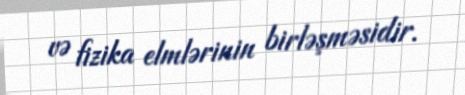
və fizika elmlərinin birləşməsidir.